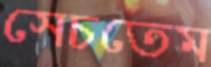
সেচতেম